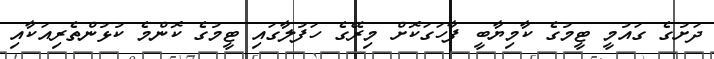
ދަށުގެ ގައުމީ ޓީމުގެ ކާމިޔާބީ ފާހަގަކޮށް މިރޭގެ ހަފުލާގައި ޓީމުގެ ކޮންމެ ކުޅުންތެރިއަކާއި